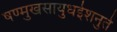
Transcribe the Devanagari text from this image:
षण्मुखसायुधईशनुते